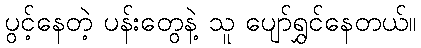
ပွင့်နေတဲ့ ပန်းတွေနဲ့ သူ ပျော်ရွှင်နေတယ်။